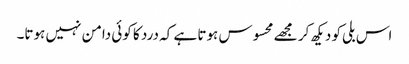
اس بلی کو دیکھ کر مجھے محسوس ہوتا ہے کہ درد کا کوئی دامن نہیں ہوتا۔